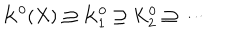
LaTeX: K ^ { 0 } ( X ) \supseteq K _ { 1 } ^ { 0 } \supseteq K _ { 2 } ^ { 0 } \supseteq \cdots